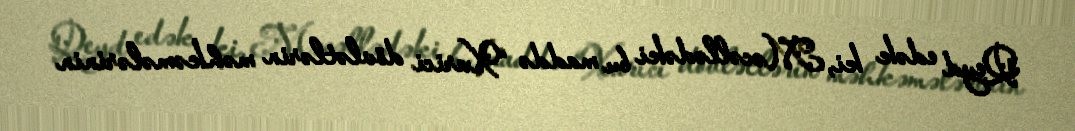
Qeyd edək ki, Məcəllədəki bu maddə “Xarici dövlətlərin məhkəmələrinin